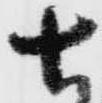
七